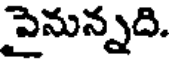
పైనున్నది.